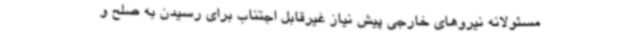
مسئولانه نیروهای خارجی پیش نیاز غیرقابل اجتناب برای رسیدن به صلح و